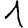
Digit: 1